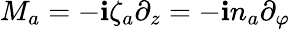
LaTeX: M_{a}=-\mathbf{i}\zeta_{a}\partial_{z}=-\mathbf{i}n_{a}\partial_{\varphi}